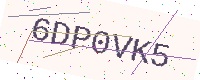
Text: 6DP0VK5